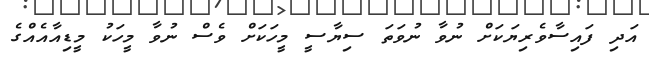
އަދި ފައިސާވެރިޔަކަށް ނުވާ ނުވަތަ ސިޔާސީ މީހަކަށް ވެސް ނުވާ މީހަކު މީޑިއާއެއްގެ